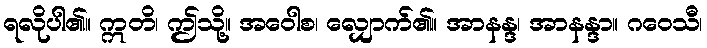
ရလိုပါ၏။ ဣတိ၊ ဤသို့။ အဝေါစ၊ လျှောက်၏။ အာနန္ဒ၊ အာနန္ဒာ။ ဂဝေသီ၊